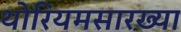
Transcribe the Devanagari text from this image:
थोरियमसारख्या